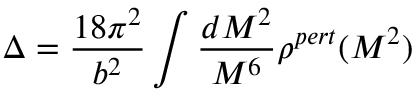
\Delta = \frac { 1 8 \pi ^ { 2 } } { b ^ { 2 } } \int \frac { d M ^ { 2 } } { M ^ { 6 } } \rho ^ { p e r t } ( M ^ { 2 } )